Annual report on the lock hospitals of the Madras Presidency
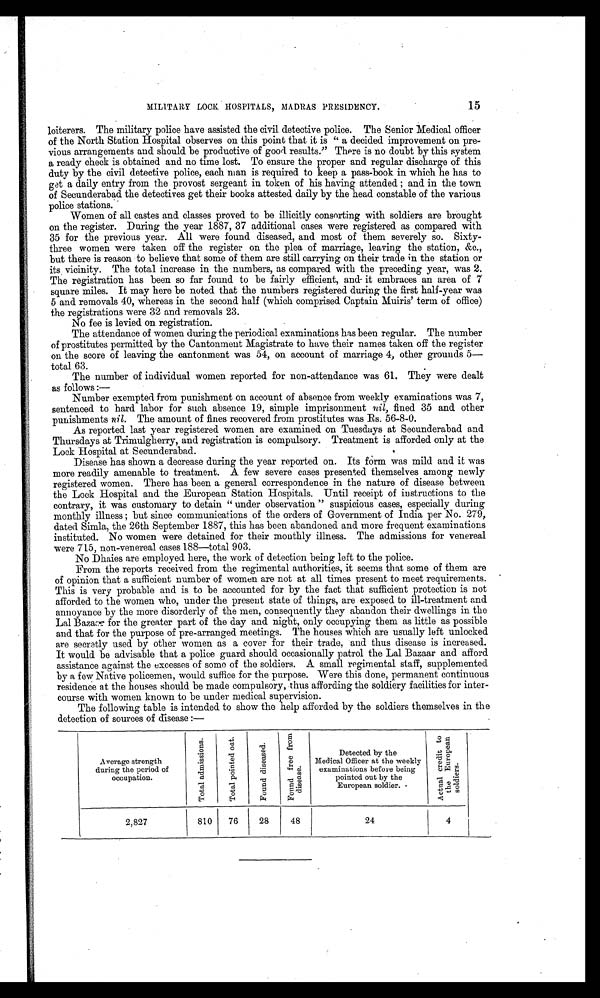
15
MILITARY LOCK HOSPITALS, MADRAS PRESIDENCY.
loiterers. The military police have assisted the civil detective police. The Senior Medical officer
of the North Station Hospital observes on this point that it is "a decided improvement on pre-
vious arrangements and should be productive of good results." There is no doubt by this system
a ready check is obtained and no time lost. To ensure the proper and regular discharge of this
duty by the civil detective police, each man is required to keep a pass-book in which he has to
get a daily entry from the provost sergeant in token of his having attended; and in the town
of Secunderabad the detectives get their books attested daily by the head constable of the various
police stations.
Women of all castes and classes proved to be illicitly consorting with soldiers are brought
on the register. During the year 1887, 37 additional cases were registered as compared with
35 for the previous year. All were found diseased, and most of them severely so. Sixty-
three women were taken off the register on the plea of marriage, leaving the station, amp;c.,
but there is reason to believe that some of them are still carrying on their trade in the station or
its vicinity. The total increase in the numbers, as compared with the preceding year, was 2.
The registration has been so far found to be fairly efficient, and it embraces an area of 7
square miles. It may here be noted that the numbers registered during the first half-year was
5 and removals 40, whereas in the second half (which comprised Captain Muiris' term of office)
the registrations were 32 and removals 23.
No fee is levied on registration.
The attendance of women during the periodical examinations has been regular. The number
of prostitutes permitted by the Cantonment Magistrate to have their names taken off the register
on the score of leaving the cantonment was 54, on account of marriage 4, other grounds 5—
total 63.
The number of individual women reported for non-attendance was 61. They were dealt
as follows :
—
Number exempted from punishment on account of absence from weekly examinations was 7,
sentenced to hard labor for such absence 19, simple imprisonment nil, fined 35 and other
punishments nil. The amount of fines recovered from prostitutes was Rs. 56-8-0.
As reported last year registered women are examined on Tuesdays at Secunderabad and
Thursdays at Trimulgherry, and registration is compulsory. Treatment is afforded only at the
Lock Hospital at Secunderabad.
Disease has shown a decrease during the year reported on. Its form was mild and it was
more readily amenable to treatment. A few severe cases presented themselves among newly
registered women. There has been a general correspondence in the nature of disease between
the Lock Hospital and the European Station Hospitals. Until receipt of instructions to the
contrary, it was customary to detain "under observation" suspicious cases, especially during
monthly illness; but since communications of the orders of Government of India per No. 279,
dated Simla, the 26th September 1887, this has been abandoned and more frequent examinations
instituted. No women were detained for their monthly illness. The admissions for venereal
were 715, non-venereal cases 188—total 903.
No Dhaies are employed here, the work of detection being left to the police.
From the reports received from the regimental authorities, it seems that some of them are
of opinion that a sufficient number of women are not at all times present to meet requirements.
This is very probable and is to be accounted for by the fact that sufficient protection is not
afforded to the women who, under the present state of things, are exposed to ill-treatment and
annoyance by the more disorderly of the men, consequently they abandon their dwellings in the
Lal Bazaar for the greater part of the day and night, only occupying them as little as possible
and that for the purpose of pre-arranged. meetings. The houses which are usually left unlocked
are secretly used by other women as a cover for their trade, and thus disease is increased.
It would be advisable that a police guard should occasionally patrol the Lal Bazaar and afford
assistance against the excesses of some of the soldiers. A small regimental staff, supplemented
by a few Native policemen, would suffice for the purpose. Were this done, permanent continuous
residence at the houses should be made compulsory, thus affording the soldiery facilities for inter-
course with women known to be under medical supervision.
The following table is intended to show the help afforded by the soldiers themselves in the
detection of sources of disease :—
Average strength
during the period of
occupation.
T o t a l a d m i s s i o n s .
T o t a l p o i n t e d o u t .
F o u n d d i s e a s e d .
F o u n d f r e e f r o m d i s e a s e .
Detected by the
Medical Officer at the weekly
examinations before being
pointed out by the
European soldier.
A c t u a l c r e d i t t o t h e E u r o p e a n s o l d i e r s .
2,827
810
76
28
48
24
4